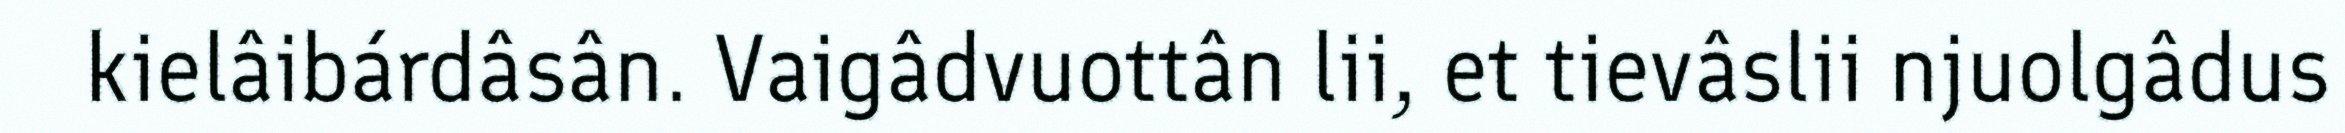
kielâibárdâsân. Vaigâdvuottân lii, et tievâslii njuolgâdus